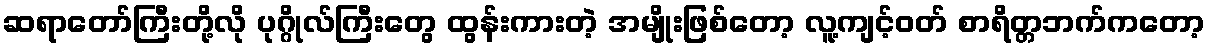
ဆရာတော်ကြီးတို့လို ပုဂ္ဂိုလ်ကြီးတွေ ထွန်းကားတဲ့ အမျိုးဖြစ်တော့ လူ့ကျင့်ဝတ် စာရိတ္တဘက်ကတော့